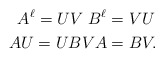
\begin{align*}A^{\ell} = UV \ B^{\ell} &=VU \\AU=UB VA &=BV .\end{align*}